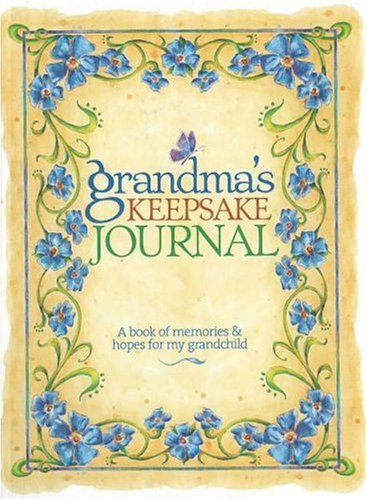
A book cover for Grandma's Keepsake Journal: A Book of Memories & Hopes for My Grandchild; Crafts, Hobbies & Home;